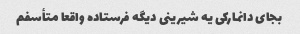
بجای دانمارکی یه شیرینی دیگه فرستاده واقعا متأسفم